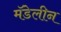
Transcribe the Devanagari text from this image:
मॅडेलीन